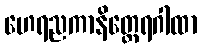
ဟေရညကာနိတ္ထေရဂါထာ